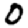
Digit: 0